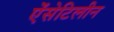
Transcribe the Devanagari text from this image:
ऐंसेटिलीन